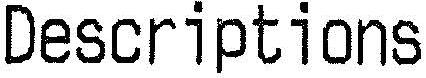
DESCRIPTIONS